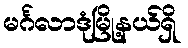
မင်္ဂလာဒုံမြို့နယ်ရှိ